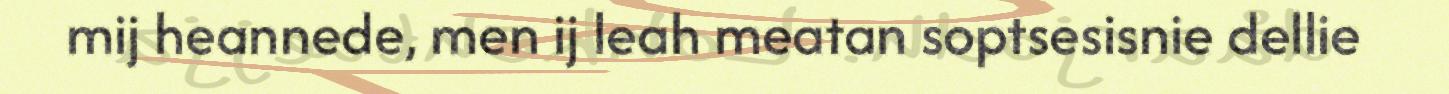
mij heannede, men ij leah meatan soptsesisnie dellie